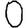
Digit: 0